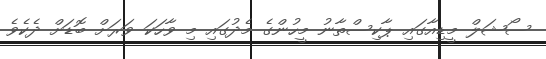
ސޯޝަލް މީޑިއާގައި ޕާކިސްތާނު މީހުންގެ މެދުގައި މި ވާހަކަ ވަރަށް ބޮޑަށް ދެކެވެ